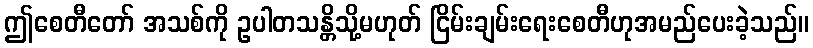
ဤစေတီတော် အသစ်ကို ဥပါတသန္တိသို့မဟုတ် ငြိမ်းချမ်းရေးစေတီဟုအမည်ပေးခဲ့သည်။